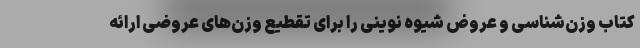
کتاب وزن‌شناسی و عروض شیوه‌ نوینی را برای تقطیع وزن‌های عروضی ارائه